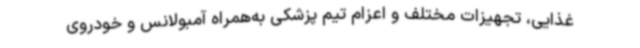
غذایی، تجهیزات مختلف و اعزام تیم پزشکی به‌همراه آمبولانس و خودروی